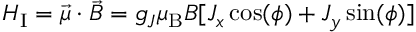
H _ { \mathrm { I } } = \vec { \mu } \cdot \vec { B } = g _ { J } \mu _ { \mathrm { B } } B [ J _ { x } \cos ( \phi ) + J _ { y } \sin ( \phi ) ]